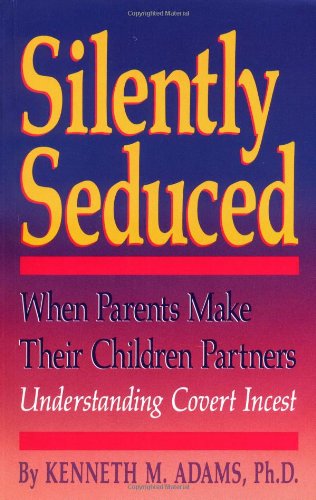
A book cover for Silently Seduced: When Parents Make their Children Partners - Understanding Covert Incest; Kenneth M. Adams; Health, Fitness & Dieting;